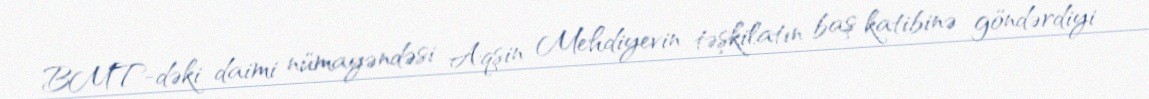
BMT-dəki daimi nümayəndəsi Aqşin Mehdiyevin təşkilatın baş katibinə göndərdiyi